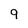
Character: 9